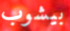
بيشوب